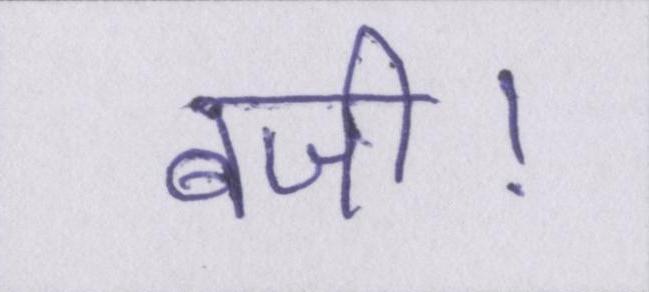
बजी।